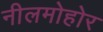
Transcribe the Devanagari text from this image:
नीलमोहोर